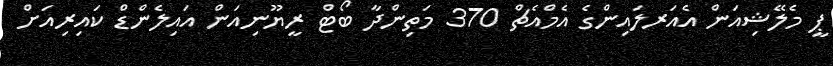
ޕީ މެލޭޝިއަން އެއަރލައިންގެ އެމްއެޗް 370 މަތިންދާ ބޯޓް ރީޔޫނިއަން އައިލެންޑް ކައިރިއަށް